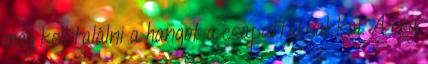
meg kell találni a hangot a csapattársakkal. A cég